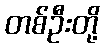
တစ်ဦးတို့